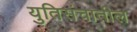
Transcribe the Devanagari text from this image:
युतिसंचातील